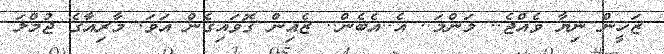
ޒަހީން ނިޔާ ވެއްޖެ.. މަންމަ.. އެ..އެބެން.. ޒެއިން ގޮވައިގެން އަވަ. މާރިއާގެ ޖުމްލަ